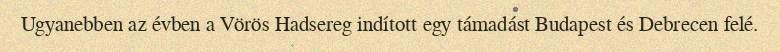
Ugyanebben az évben a Vörös Hadsereg indított egy támadást Budapest és Debrecen felé.